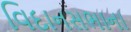
વિદાનસભાના